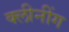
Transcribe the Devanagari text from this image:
क्लीनींग